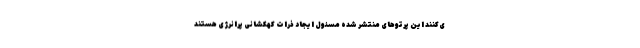
ی‌کنند این پرتوهای منتشر شده مسئول ایجاد ذرات کهکشانی پرانرژی هستند